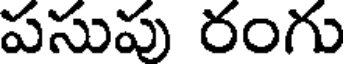
పసుపు రంగు